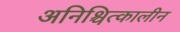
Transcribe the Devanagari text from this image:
अनिश्चित्कालीन